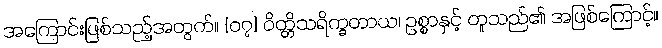
အကြောင်းဖြစ်သည့်အတွက်။ {၀၇} ဝိတ္တိသရိက္ခတာယ၊ ဥစ္စာနှင့် တူသည်၏ အဖြစ်ကြောင့်။